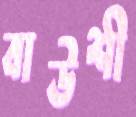
বাউশী